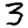
Digit: 3